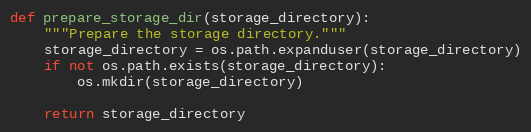
Language: Python
def prepare_storage_dir(storage_directory):
    """Prepare the storage directory."""
    storage_directory = os.path.expanduser(storage_directory)
    if not os.path.exists(storage_directory):
        os.mkdir(storage_directory)

    return storage_directory